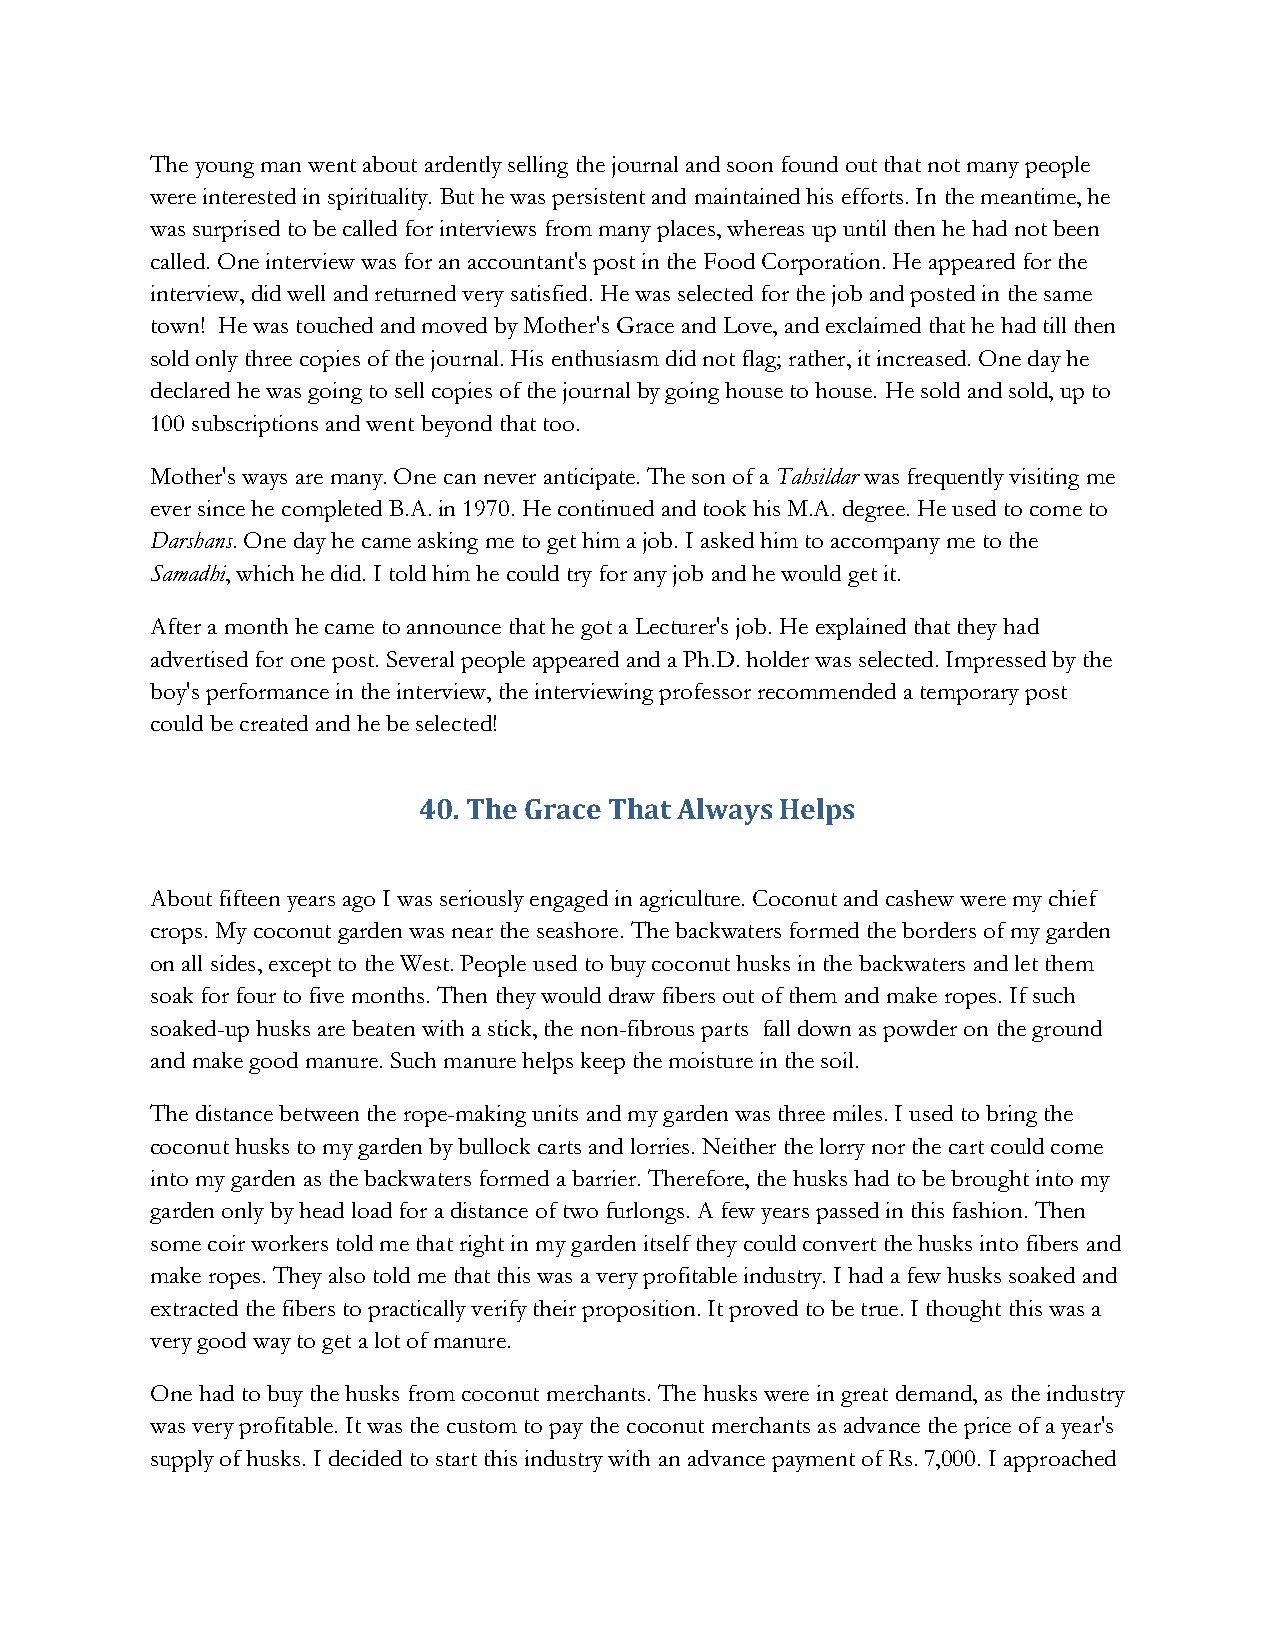
The young man went about ardently selling the journal and soon found out that not many people
 were interested in spirituality. But he was persistent and maintained his efforts. In the meantime, he
 was surprised to be called for interviews from many places, whereas up until then he had not been
 called. One interview was for an accountant's post in the Food Corporation. He appeared for the
 interview, did well and returned very satisfied. He was selected for the job and posted in the same
 town! He was touched and moved by Mother's Grace and Love, and exclaimed that he had till then
 sold only three copies of the journal. His enthusiasm did not flag; rather, it increased. One day he
 declared he was going to sell copies of the journal by going house to house. He sold and sold, up to
 100 subscriptions and went beyond that too.
 Mother's ways are many. One can never anticipate. The son of a Tahsildar was frequently visiting me
 ever since he completed B.A. in 1970. He continued and took his M.A. degree. He used to come to
 Darshans. One day he came asking me to get him a job. I asked him to accompany me to the
 Samadhi, which he did. I told him he could try for any job and he would get it.
 After a month he came to announce that he got a Lecturer's job. He explained that they had
 advertised for one post. Several people appeared and a Ph.D. holder was selected. Impressed by the
 boy's performance in the interview, the interviewing professor recommended a temporary post
 could be created and he be selected!
 40. The Grace That Always Helps
 About fifteen years ago I was seriously engaged in agriculture. Coconut and cashew were my chief
 crops. My coconut garden was near the seashore. The backwaters formed the borders of my garden
 on all sides, except to the West. People used to buy coconut husks in the backwaters and let them
 soak for four to five months. Then they would draw fibers out of them and make ropes. If such
 soaked-up husks are beaten with a stick, the non-fibrous parts fall down as powder on the ground
 and make good manure. Such manure helps keep the moisture in the soil.
 The distance between the rope-making units and my garden was three miles. I used to bring the
 coconut husks to my garden by bullock carts and lorries. Neither the lorry nor the cart could come
 into my garden as the backwaters formed a barrier. Therefore, the husks had to be brought into my
 garden only by head load for a distance of two furlongs. A few years passed in this fashion. Then
 some coir workers told me that right in my garden itself they could convert the husks into fibers and
 make ropes. They also told me that this was a very profitable industry. I had a few husks soaked and
 extracted the fibers to practically verify their proposition. It proved to be true. I thought this was a
 very good way to get a lot of manure.
 One had to buy the husks from coconut merchants. The husks were in great demand, as the industry
 was very profitable. It was the custom to pay the coconut merchants as advance the price of a year's
 supply of husks. I decided to start this industry with an advance payment of Rs. 7,000. I approached